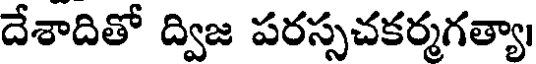
దేశాదితో ద్విజ పరస్సచకర్మగత్యా।